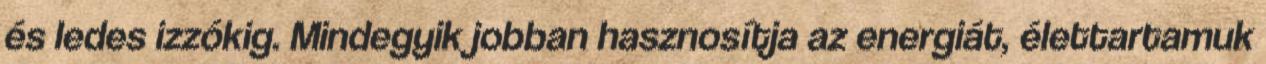
és ledes izzókig. Mindegyik jobban hasznosítja az energiát, élettartamuk